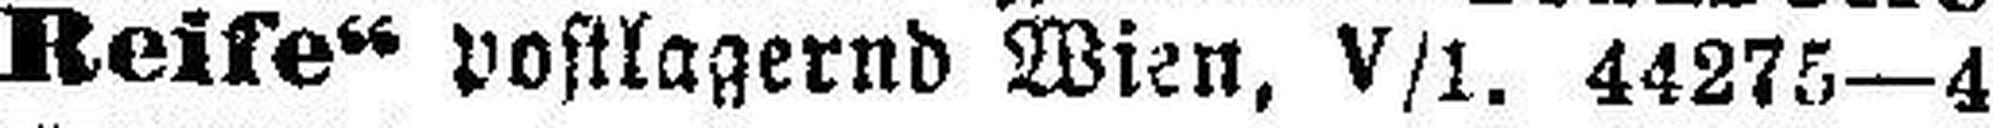
Reise“ postlagernd Wien, V/1. 44275—4